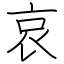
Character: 哀